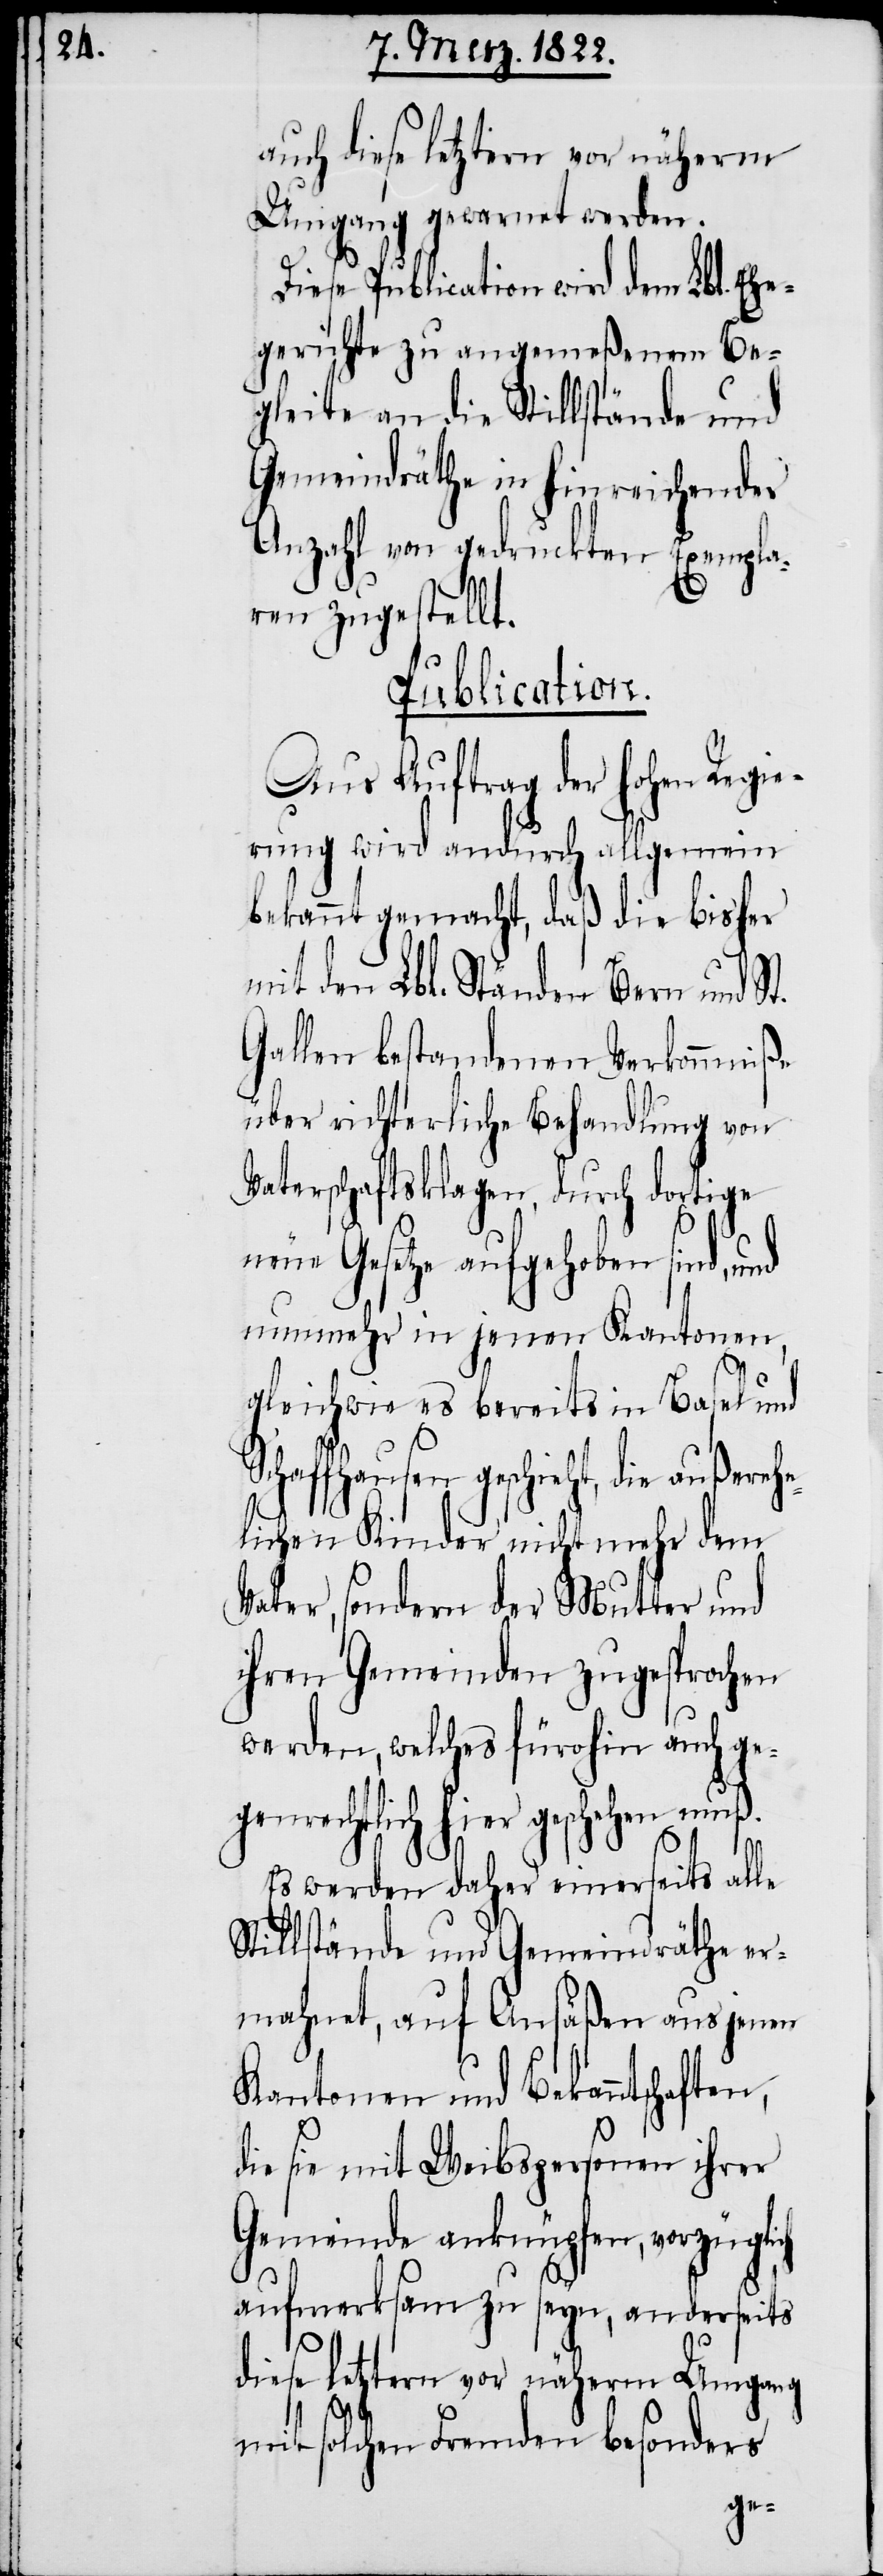
he¬
auch diese letztern vor näherm
Umgang gewarnt werden.
Diese Publication wird dem Lbl. Ehe¬
gerichte zu angemeßenem Be¬
gleite an die Stillstände und
Gemeindräthe in hinreichender
Anzahl von gedruckten Exempla¬
ren zugestellt.
Publication.
Aus Auftrag der hohen Regie¬
rung wird andurch allgemein
bekannt gemacht, daß die bisher
mit den Lbl. Ständen Bern und St.
Gallen bestandenen Verkommniße
über richterliche Behandlung von
Vaterschaftsklagen, durch dortige
neue Gesetze aufgehoben sind, und
nunmehr in jenen Kantonen
gleichwie es bereits in Basel und
chaffhausen geschieht, die außere¬
lichen Kinder nicht mehr dem
Vater, sondern der Mutter und
ihren Gemeinden zugesprochen
werden, welches fürohin auch ge¬
genrechtlich hier geschehen mu¬
ß.
Es werden daher einerseits alle
Stillstände und Gemeindräthe er¬
mahnet, auf Ansäßen aus jenen
Kantonen und Bekanntschaften,
die sie mit Weibspersonen ihrer
Gemeinde anknüpfen, vorzüglich
aufmerksam zu seyn, anderseits
diese letztern vor näherm Umgang
mit solchen Fremden besonders